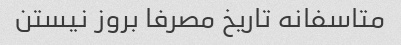
متاسفانه تاریخ مصرفا بروز نیستن